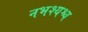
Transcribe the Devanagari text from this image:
नभश्यश्च